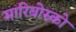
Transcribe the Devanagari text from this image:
मारिबोस्र्को